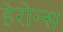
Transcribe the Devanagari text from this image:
हेरोन्स